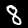
Digit: 8